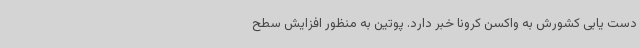
دست یابی کشورش به واکسن کرونا خبر دارد. پوتین به منظور افزایش سطح